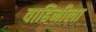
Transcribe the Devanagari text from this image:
वाहिनीला